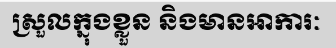
ស្រួលក្នុងខ្លួន និងមានអាការៈ